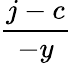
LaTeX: \frac{j-c}{-y}